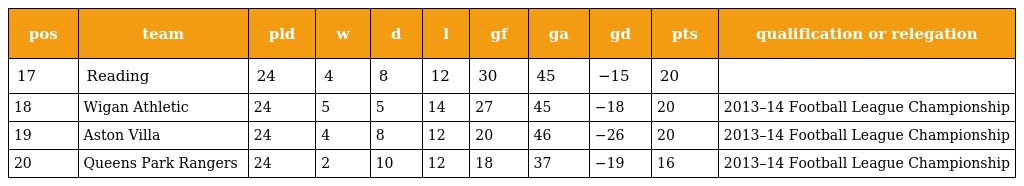
| pos | team | pld | w | d | l | gf | ga | gd | pts | qualification or relegation |
 | --- | --- | --- | --- | --- | --- | --- | --- | --- | --- | --- |
 | 17 | Reading | 24 | 4 | 8 | 12 | 30 | 45 | −15 | 20 |  |
 | 18 | Wigan Athletic | 24 | 5 | 5 | 14 | 27 | 45 | −18 | 20 | 2013–14 Football League Championship |
 | 19 | Aston Villa | 24 | 4 | 8 | 12 | 20 | 46 | −26 | 20 | 2013–14 Football League Championship |
 | 20 | Queens Park Rangers | 24 | 2 | 10 | 12 | 18 | 37 | −19 | 16 | 2013–14 Football League Championship |